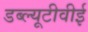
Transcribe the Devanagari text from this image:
डब्ल्यूटीवीई